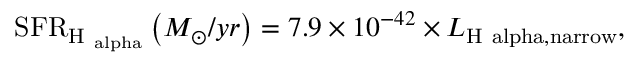
\mathrm { S F R } _ { \mathrm { H _ { \ a l p h a } } } \left( M _ { \odot } / y r \right) = 7 . 9 \times 1 0 ^ { - 4 2 } \times L _ { \mathrm { H \ a l p h a , n a r r o w } } ,